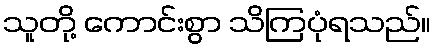
သူတို့ ကောင်းစွာ သိကြပုံရသည်။